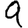
Digit: 9